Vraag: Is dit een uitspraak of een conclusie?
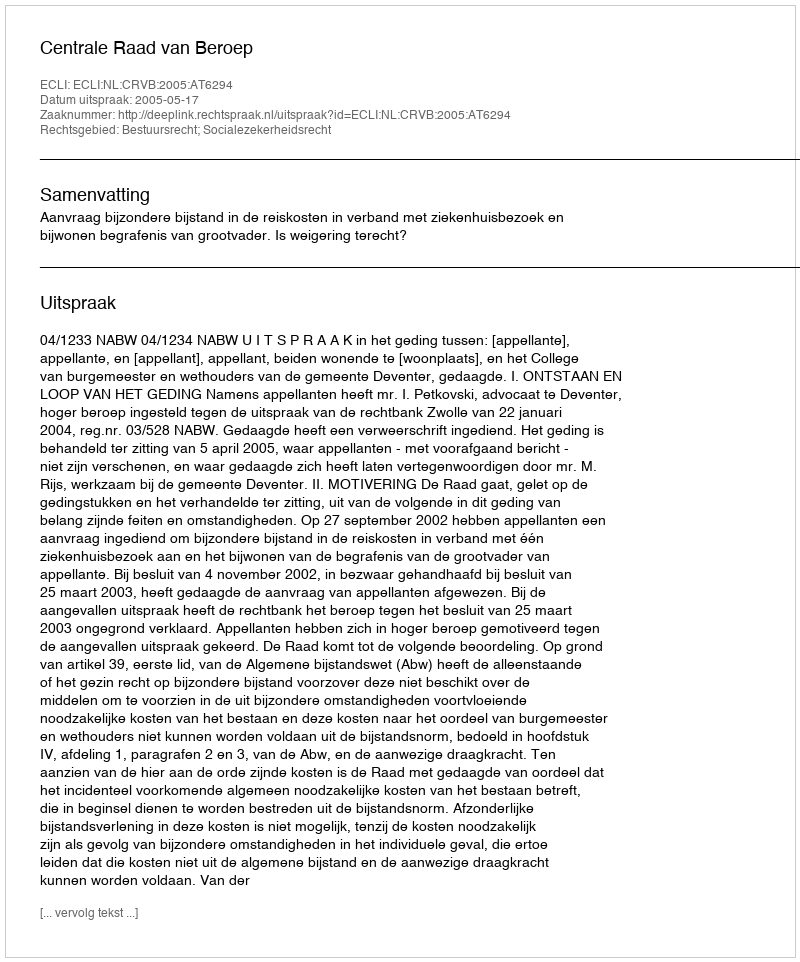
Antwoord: Uitspraak